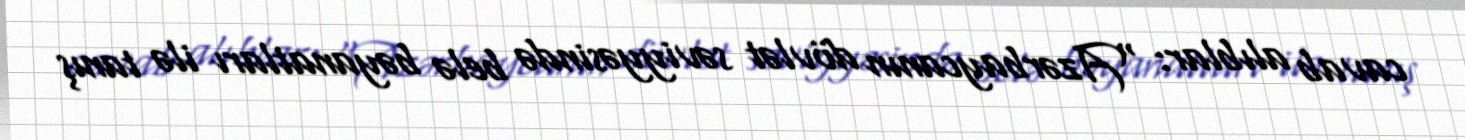
cavab alıblar: “Azərbaycanın dövlət səviyyəsində belə bəyanatları ilə tanış